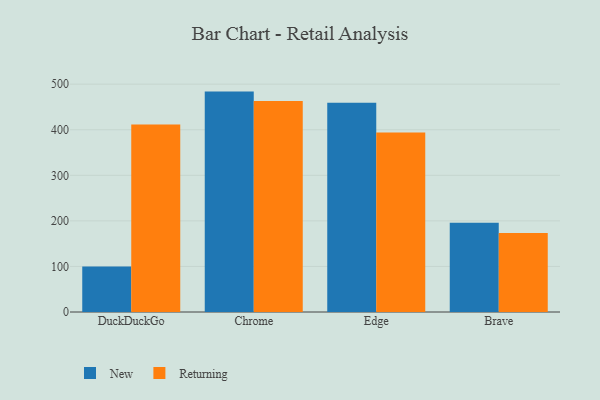
{"axis": {"x": "Browser", "y": "Market Share (%)"}, "legend": ["New", "Returning"], "data": [{"x": "DuckDuckGo", "y": 99.6, "type": "New"}, {"x": "DuckDuckGo", "y": 411.3, "type": "Returning"}, {"x": "Chrome", "y": 483.7, "type": "New"}, {"x": "Chrome", "y": 463.2, "type": "Returning"}, {"x": "Edge", "y": 459.5, "type": "New"}, {"x": "Edge", "y": 394.0, "type": "Returning"}, {"x": "Brave", "y": 196.0, "type": "New"}, {"x": "Brave", "y": 173.5, "type": "Returning"}]}